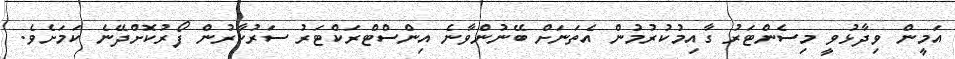
އަމީން ވިދާޅުވީ މިސެންޓަރު ގާއިމުކުރުމުން އެތަނަށް ބޭނުންވާނެ އިންސްޓްރަކްޓަރު ސަރުކާރުން ފޯރުކޮށްދޭނެ ކަމަށެވެ.